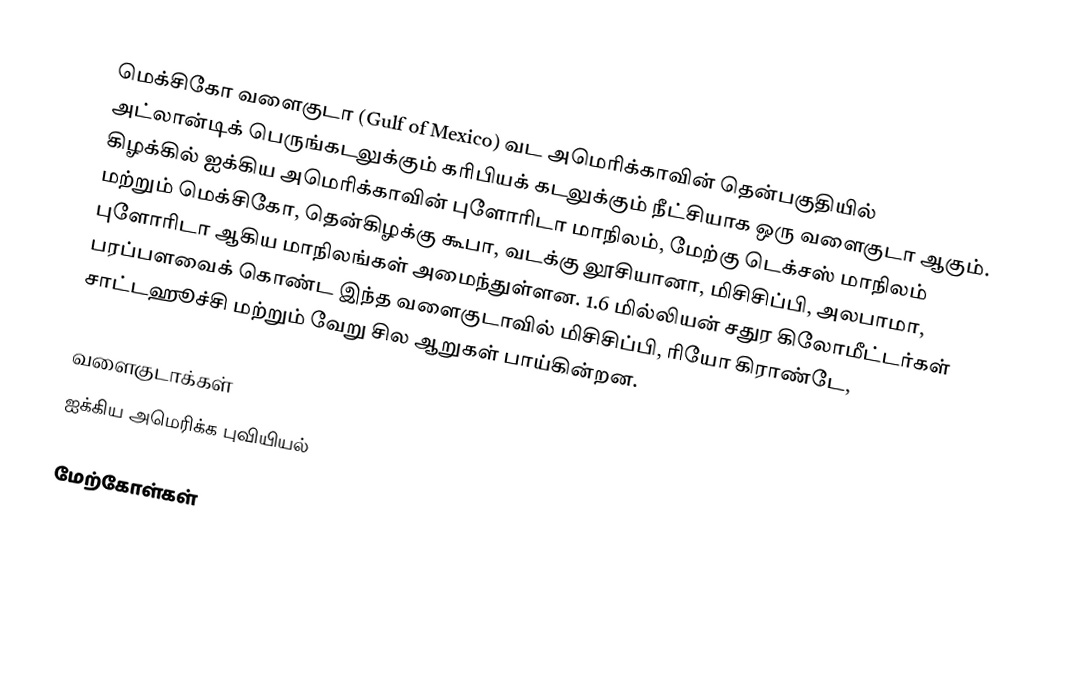
மெக்சிகோ வளைகுடா (Gulf of Mexico) வட அமெரிக்காவின் தென்பகுதியில் அட்லான்டிக் பெருங்கடலுக்கும் கரிபியக் கடலுக்கும் நீட்சியாக ஒரு வளைகுடா ஆகும். கிழக்கில் ஐக்கிய அமெரிக்காவின் புளோரிடா மாநிலம், மேற்கு டெக்சஸ் மாநிலம் மற்றும் மெக்சிகோ, தென்கிழக்கு கூபா, வடக்கு லூசியானா, மிசிசிப்பி, அலபாமா, புளோரிடா ஆகிய மாநிலங்கள் அமைந்துள்ளன. 1.6 மில்லியன் சதுர கிலோமீட்டர்கள் பரப்பளவைக் கொண்ட இந்த வளைகுடாவில் மிசிசிப்பி, ரியோ கிராண்டே, சாட்டஹூச்சி மற்றும் வேறு சில ஆறுகள் பாய்கின்றன.

வளைகுடாக்கள்
ஐக்கிய அமெரிக்க புவியியல்

மேற்கோள்கள்